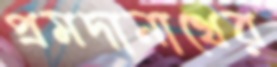
প্রমদানাথের